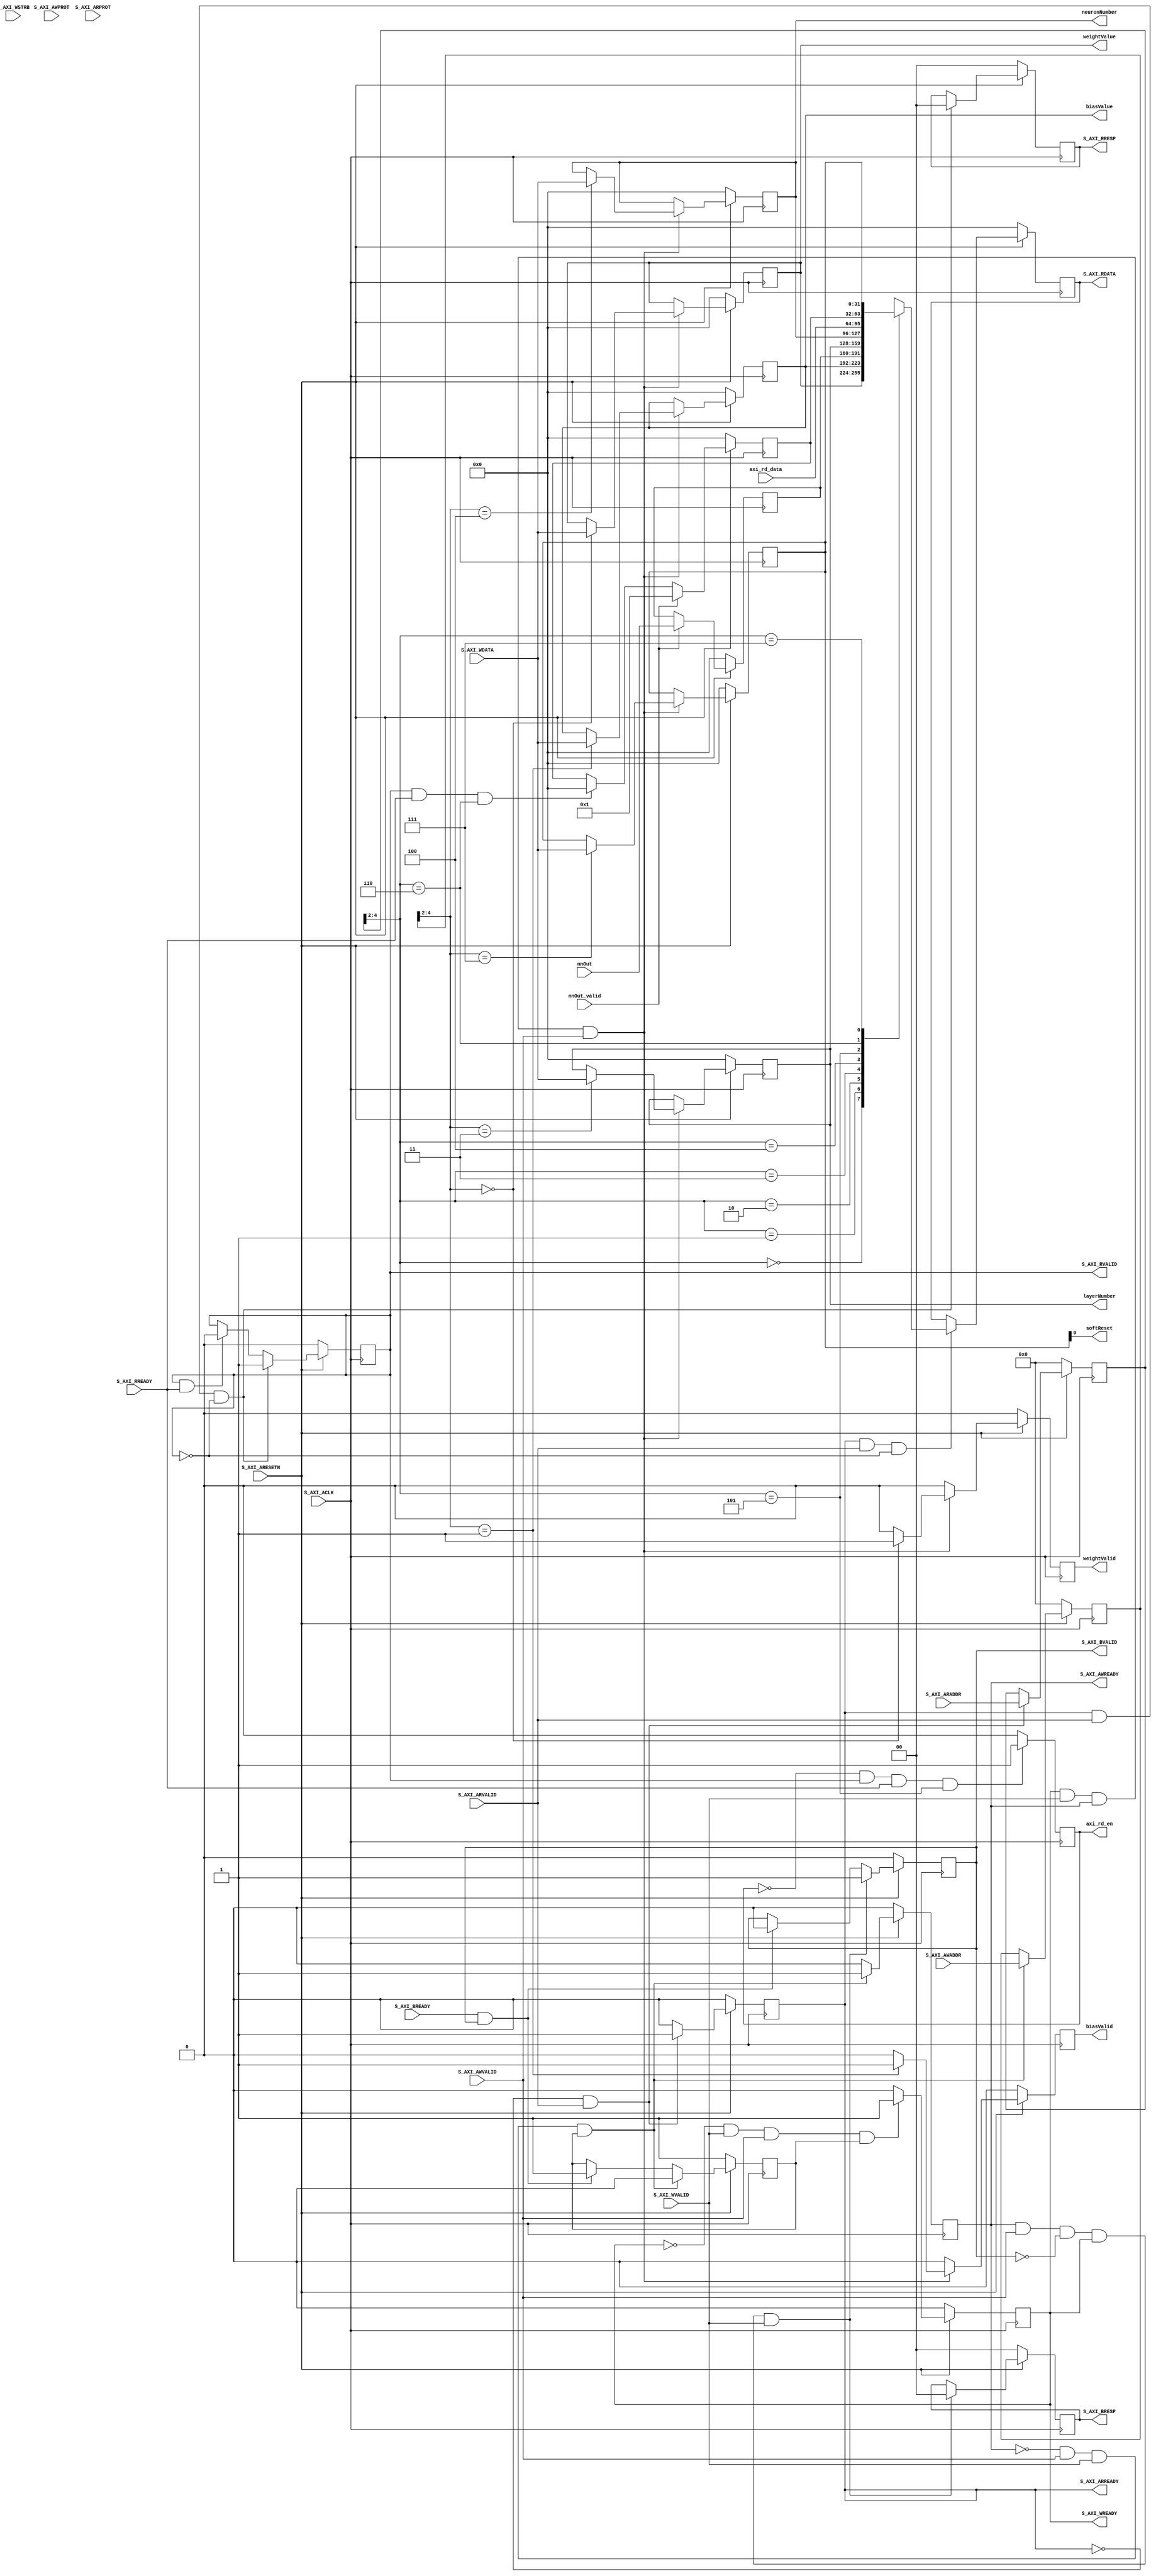
// This program was cloned from: https://github.com/vipinkmenon/neuralNetwork
// License: MIT License


`timescale 1 ns / 1 ps

	module axi_lite_wrapper #
	(
		// Users to add parameters here

		// User parameters ends
		// Do not modify the parameters beyond this line

		// Width of S_AXI data bus
		parameter integer C_S_AXI_DATA_WIDTH	= 32,
		// Width of S_AXI address bus
		parameter integer C_S_AXI_ADDR_WIDTH	= 5
	)
	(
		// Users to add ports here

		// User ports ends
		// Do not modify the ports beyond this line

		// Global Clock Signal
		input wire  S_AXI_ACLK,
		// Global Reset Signal. This Signal is Active LOW
		input wire  S_AXI_ARESETN,
		// Write address (issued by master, acceped by Slave)
		input wire [C_S_AXI_ADDR_WIDTH-1 : 0] S_AXI_AWADDR,
		// Write channel Protection type. This signal indicates the
    		// privilege and security level of the transaction, and whether
    		// the transaction is a data access or an instruction access.
		input wire [2 : 0] S_AXI_AWPROT,
		// Write address valid. This signal indicates that the master signaling
    		// valid write address and control information.
		input wire  S_AXI_AWVALID,
		// Write address ready. This signal indicates that the slave is ready
    		// to accept an address and associated control signals.
		output wire  S_AXI_AWREADY,
		// Write data (issued by master, acceped by Slave) 
		input wire [C_S_AXI_DATA_WIDTH-1 : 0] S_AXI_WDATA,
		// Write strobes. This signal indicates which byte lanes hold
    		// valid data. There is one write strobe bit for each eight
    		// bits of the write data bus.    
		input wire [(C_S_AXI_DATA_WIDTH/8)-1 : 0] S_AXI_WSTRB,
		// Write valid. This signal indicates that valid write
    		// data and strobes are available.
		input wire  S_AXI_WVALID,
		// Write ready. This signal indicates that the slave
    		// can accept the write data.
		output wire  S_AXI_WREADY,
		// Write response. This signal indicates the status
    		// of the write transaction.
		output wire [1 : 0] S_AXI_BRESP,
		// Write response valid. This signal indicates that the channel
    		// is signaling a valid write response.
		output wire  S_AXI_BVALID,
		// Response ready. This signal indicates that the master
    		// can accept a write response.
		input wire  S_AXI_BREADY,
		// Read address (issued by master, acceped by Slave)
		input wire [C_S_AXI_ADDR_WIDTH-1 : 0] S_AXI_ARADDR,
		// Protection type. This signal indicates the privilege
    		// and security level of the transaction, and whether the
    		// transaction is a data access or an instruction access.
		input wire [2 : 0] S_AXI_ARPROT,
		// Read address valid. This signal indicates that the channel
    		// is signaling valid read address and control information.
		input wire  S_AXI_ARVALID,
		// Read address ready. This signal indicates that the slave is
    		// ready to accept an address and associated control signals.
		output wire  S_AXI_ARREADY,
		// Read data (issued by slave)
		output wire [C_S_AXI_DATA_WIDTH-1 : 0] S_AXI_RDATA,
		// Read response. This signal indicates the status of the
    		// read transfer.
		output wire [1 : 0] S_AXI_RRESP,
		// Read valid. This signal indicates that the channel is
    		// signaling the required read data.
		output wire  S_AXI_RVALID,
		// Read ready. This signal indicates that the master can
    		// accept the read data and response information.
		input wire  S_AXI_RREADY,
        ////////////////////////////////////////////////////////
        output wire     [31:0]  layerNumber,
        output wire     [31:0]  neuronNumber,
        output reg              weightValid,
        output reg              biasValid,
        output          [31:0]  weightValue,
        output          [31:0]  biasValue,
        input           [31:0]  nnOut,
        input                   nnOut_valid,
        output reg              axi_rd_en,
        input           [31:0]  axi_rd_data,
        output                  softReset
	);

	// AXI4LITE signals
	reg [C_S_AXI_ADDR_WIDTH-1 : 0] 	axi_awaddr;
	reg  	axi_awready;
	reg  	axi_wready;
	reg [1 : 0] 	axi_bresp;
	reg  	axi_bvalid;
	reg [C_S_AXI_ADDR_WIDTH-1 : 0] 	axi_araddr;
	reg  	axi_arready;
	reg [C_S_AXI_DATA_WIDTH-1 : 0] 	axi_rdata;
	reg [1 : 0] 	axi_rresp;
	reg  	axi_rvalid;

	// Example-specific design signals
	// local parameter for addressing 32 bit / 64 bit C_S_AXI_DATA_WIDTH
	// ADDR_LSB is used for addressing 32/64 bit registers/memories
	// ADDR_LSB = 2 for 32 bits (n downto 2)
	// ADDR_LSB = 3 for 64 bits (n downto 3)
	localparam integer ADDR_LSB = (C_S_AXI_DATA_WIDTH/32) + 1;
	localparam integer OPT_MEM_ADDR_BITS = 2;
	//----------------------------------------------
	//-- Signals for user logic register space example
	//------------------------------------------------
	//-- Number of Slave Registers 8
	reg [C_S_AXI_DATA_WIDTH-1:0]	weightReg;
	reg [C_S_AXI_DATA_WIDTH-1:0]	biasReg;
	reg [C_S_AXI_DATA_WIDTH-1:0]	outputReg;
	reg [C_S_AXI_DATA_WIDTH-1:0]	layerReg;
	reg [C_S_AXI_DATA_WIDTH-1:0]	neuronReg;
	reg [C_S_AXI_DATA_WIDTH-1:0]	statReg;
	reg [C_S_AXI_DATA_WIDTH-1:0]	controlReg;
	reg [C_S_AXI_DATA_WIDTH-1:0]	slv_reg7;
    
	wire	 slv_reg_rden;
	wire	 slv_reg_wren;
	reg [C_S_AXI_DATA_WIDTH-1:0]	 reg_data_out;
	integer	 byte_index;
	reg	 aw_en;

	// I/O Connections assignments

	assign S_AXI_AWREADY	= axi_awready;
	assign S_AXI_WREADY	= axi_wready;
	assign S_AXI_BRESP	= axi_bresp;
	assign S_AXI_BVALID	= axi_bvalid;
	assign S_AXI_ARREADY	= axi_arready;
	assign S_AXI_RDATA	= axi_rdata;
	assign S_AXI_RRESP	= axi_rresp;
	assign S_AXI_RVALID	= axi_rvalid;
	// Implement axi_awready generation
	// axi_awready is asserted for one S_AXI_ACLK clock cycle when both
	// S_AXI_AWVALID and S_AXI_WVALID are asserted. axi_awready is
	// de-asserted when reset is low.
    
    assign layerNumber = layerReg;
    assign neuronNumber = neuronReg;
    assign weightValue = weightReg;
    assign biasValue = biasReg;
    assign softReset = controlReg[0];

	always @( posedge S_AXI_ACLK )
	begin
	  if ( S_AXI_ARESETN == 1'b0 )
	    begin
	      axi_awready <= 1'b0;
	      aw_en <= 1'b1;
	    end 
	  else
	    begin    
	      if (~axi_awready && S_AXI_AWVALID && S_AXI_WVALID && aw_en)
	        begin
	          // slave is ready to accept write address when 
	          // there is a valid write address and write data
	          // on the write address and data bus. This design 
	          // expects no outstanding transactions. 
	          axi_awready <= 1'b1;
	          aw_en <= 1'b0;
	        end
	        else if (S_AXI_BREADY && axi_bvalid)
	            begin
	              aw_en <= 1'b1;
	              axi_awready <= 1'b0;
	            end
	      else           
	        begin
	          axi_awready <= 1'b0;
	        end
	    end 
	end       

	// Implement axi_awaddr latching
	// This process is used to latch the address when both 
	// S_AXI_AWVALID and S_AXI_WVALID are valid. 

	always @( posedge S_AXI_ACLK )
	begin
	  if ( S_AXI_ARESETN == 1'b0 )
	    begin
	      axi_awaddr <= 0;
	    end 
	  else
	    begin    
	      if (~axi_awready && S_AXI_AWVALID && S_AXI_WVALID && aw_en)
	        begin
	          // Write Address latching 
	          axi_awaddr <= S_AXI_AWADDR;
	        end
	    end 
	end       

	// Implement axi_wready generation
	// axi_wready is asserted for one S_AXI_ACLK clock cycle when both
	// S_AXI_AWVALID and S_AXI_WVALID are asserted. axi_wready is 
	// de-asserted when reset is low. 

	always @( posedge S_AXI_ACLK )
	begin
	  if ( S_AXI_ARESETN == 1'b0 )
	    begin
	      axi_wready <= 1'b0;
	    end 
	  else
	    begin    
	      if (~axi_wready && S_AXI_WVALID && S_AXI_AWVALID && aw_en )
	        begin
	          // slave is ready to accept write data when 
	          // there is a valid write address and write data
	          // on the write address and data bus. This design 
	          // expects no outstanding transactions. 
	          axi_wready <= 1'b1;
	        end
	      else
	        begin
	          axi_wready <= 1'b0;
	        end
	    end 
	end       

	// Implement memory mapped register select and write logic generation
	// The write data is accepted and written to memory mapped registers when
	// axi_awready, S_AXI_WVALID, axi_wready and S_AXI_WVALID are asserted. Write strobes are used to
	// select byte enables of slave registers while writing.
	// These registers are cleared when reset (active low) is applied.
	// Slave register write enable is asserted when valid address and data are available
	// and the slave is ready to accept the write address and write data.
	assign slv_reg_wren = axi_wready && S_AXI_WVALID && axi_awready && S_AXI_AWVALID;

	always @( posedge S_AXI_ACLK )
	begin
	if ( S_AXI_ARESETN == 1'b0 )
		begin
		weightReg <= 0;
		biasReg <= 0;
		layerReg <= 0;
		neuronReg <= 0;
		slv_reg7 <= 0;
		weightValid <= 1'b0;
		biasValid <= 1'b0;
		controlReg <= 0;
		end 
	else begin
		weightValid <= 1'b0;
		biasValid <= 1'b0;
		if (slv_reg_wren)
		begin
			case ( axi_awaddr[ADDR_LSB+OPT_MEM_ADDR_BITS:ADDR_LSB] )
			3'h0:begin
					weightReg <= S_AXI_WDATA;
					weightValid <= 1'b1;
			end
			3'h1:begin
					biasReg <= S_AXI_WDATA; 
					biasValid <= 1'b1;
			end
			3'h3:
					layerReg <= S_AXI_WDATA;
			3'h4:
					neuronReg <= S_AXI_WDATA;
			3'h7:
					controlReg <= S_AXI_WDATA;
			endcase
		end
	end
	end    
    
    always @(posedge S_AXI_ACLK)
    begin
        if ( S_AXI_ARESETN == 1'b0 )
            outputReg <= 0;
        else if(nnOut_valid)
            outputReg <= nnOut;
    end

	// Implement write response logic generation
	// The write response and response valid signals are asserted by the slave 
	// when axi_wready, S_AXI_WVALID, axi_wready and S_AXI_WVALID are asserted.  
	// This marks the acceptance of address and indicates the status of 
	// write transaction.

	always @( posedge S_AXI_ACLK )
	begin
	  if ( S_AXI_ARESETN == 1'b0 )
	    begin
	      axi_bvalid  <= 0;
	      axi_bresp   <= 2'b0;
	    end 
	  else
	    begin    
	      if (axi_awready && S_AXI_AWVALID && ~axi_bvalid && axi_wready && S_AXI_WVALID)
	        begin
	          // indicates a valid write response is available
	          axi_bvalid <= 1'b1;
	          axi_bresp  <= 2'b0; // 'OKAY' response 
	        end                   // work error responses in future
	      else
	        begin
	          if (S_AXI_BREADY && axi_bvalid) 
	            //check if bready is asserted while bvalid is high) 
	            //(there is a possibility that bready is always asserted high)   
	            begin
	              axi_bvalid <= 1'b0; 
	            end  
	        end
	    end
	end   

	// Implement axi_arready generation
	// axi_arready is asserted for one S_AXI_ACLK clock cycle when
	// S_AXI_ARVALID is asserted. axi_awready is 
	// de-asserted when reset (active low) is asserted. 
	// The read address is also latched when S_AXI_ARVALID is 
	// asserted. axi_araddr is reset to zero on reset assertion.

	always @( posedge S_AXI_ACLK )
	begin
	  if ( S_AXI_ARESETN == 1'b0 )
	    begin
	      axi_arready <= 1'b0;
	      axi_araddr  <= 32'b0;
	    end 
	  else
	    begin    
	      if (~axi_arready && S_AXI_ARVALID)
	        begin
	          // indicates that the slave has acceped the valid read address
	          axi_arready <= 1'b1;
	          // Read address latching
	          axi_araddr  <= S_AXI_ARADDR;
	        end
	      else
	        begin
	          axi_arready <= 1'b0;
	        end
	    end 
	end       

	// Implement axi_arvalid generation
	// axi_rvalid is asserted for one S_AXI_ACLK clock cycle when both 
	// S_AXI_ARVALID and axi_arready are asserted. The slave registers 
	// data are available on the axi_rdata bus at this instance. The 
	// assertion of axi_rvalid marks the validity of read data on the 
	// bus and axi_rresp indicates the status of read transaction.axi_rvalid 
	// is deasserted on reset (active low). axi_rresp and axi_rdata are 
	// cleared to zero on reset (active low).  
	always @( posedge S_AXI_ACLK )
	begin
	  if ( S_AXI_ARESETN == 1'b0 )
	    begin
	      axi_rvalid <= 0;
	      axi_rresp  <= 0;
	    end 
	  else
	    begin    
	      if (axi_arready && S_AXI_ARVALID && ~axi_rvalid)
	        begin
	          // Valid read data is available at the read data bus
	          axi_rvalid <= 1'b1;
	          axi_rresp  <= 2'b0; // 'OKAY' response
	        end   
	      else if (axi_rvalid && S_AXI_RREADY)
	        begin
	          // Read data is accepted by the master
	          axi_rvalid <= 1'b0;
	        end                
	    end
	end    

	// Implement memory mapped register select and read logic generation
	// Slave register read enable is asserted when valid address is available
	// and the slave is ready to accept the read address.
	assign slv_reg_rden = axi_arready & S_AXI_ARVALID & ~axi_rvalid;
	always @(*)
	begin
	      // Address decoding for reading registers
	      case ( axi_araddr[ADDR_LSB+OPT_MEM_ADDR_BITS:ADDR_LSB] )
	        3'h0   : reg_data_out <= weightReg;
	        3'h1   : reg_data_out <= biasReg;
	        3'h2   : reg_data_out <= outputReg;
	        3'h3   : reg_data_out <= layerReg;
	        3'h4   : reg_data_out <= neuronReg;
	        3'h5   : reg_data_out <= axi_rd_data;
	        3'h6   : reg_data_out <= statReg;
	        3'h7   : reg_data_out <= controlReg;
	        default : reg_data_out <= 0;
	      endcase
	end
	
	
	always @(posedge S_AXI_ACLK)
	begin
	   if ( S_AXI_ARESETN == 1'b0 )
           statReg <= 1'b0;
	   else if(nnOut_valid)
	       statReg <= 1'b1;
	   else if(axi_rvalid & S_AXI_RREADY & axi_araddr[ADDR_LSB+OPT_MEM_ADDR_BITS:ADDR_LSB]==3'h6)//read clear status reg
	       statReg <= 1'b0;
	end
	
	always @(posedge S_AXI_ACLK)
    begin
       if(!axi_rd_en & axi_rvalid & S_AXI_RREADY & axi_araddr[ADDR_LSB+OPT_MEM_ADDR_BITS:ADDR_LSB]==3'h5)
       begin
           axi_rd_en <= 1'b1;
       end
       else
           axi_rd_en <= 1'b0;
    end

	// Output register or memory read data
	always @( posedge S_AXI_ACLK )
	begin
	  if ( S_AXI_ARESETN == 1'b0 )
	    begin
	      axi_rdata  <= 0;
	    end 
	  else
	    begin    
	      // When there is a valid read address (S_AXI_ARVALID) with 
	      // acceptance of read address by the slave (axi_arready), 
	      // output the read dada 
	      if (slv_reg_rden)
	        begin
	          axi_rdata <= reg_data_out;     // register read data
	        end   
	    end
	end    

	// Add user logic here

	// User logic ends

	endmodule